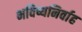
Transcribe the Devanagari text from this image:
भविष्यनिर्वाह